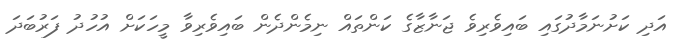
އަދި ކަށުނަމާދުގައި ބައިވެރިވެ ޖަނާޒާގެ ކަންތައް ނިމެންދެން ބައިވެރިވާ މީހަކަށް އުހުދު ފަރުބަދަ